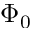
\Phi _ { 0 }